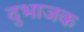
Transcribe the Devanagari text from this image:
दुभाजक